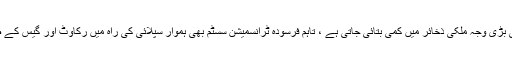
گیس کی کم سپلائی کی بڑی وجہ ملکی ذخائر میں کمی بتائی جاتی ہے ، تاہم فرسودہ ٹرانسمیشن سسٹم بھی ہموار سپلائی کی راہ میں رکاوٹ اور گیس کے ضیاع کا بڑا سبب ہے۔